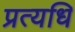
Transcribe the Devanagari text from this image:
प्रत्यधि